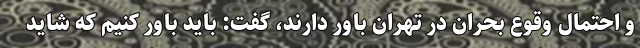
و احتمال وقوع بحران در تهران باور دارند، گفت: باید باور کنیم که شاید